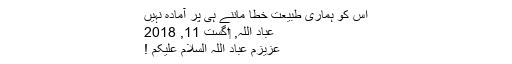
اس کو ہماری طبیعت خطا ماننے ہی پر آمادہ نہیں
عباد اللہ, ‏اگست 11, 2018
عزیزم عباد اللہ السلام علیکم !